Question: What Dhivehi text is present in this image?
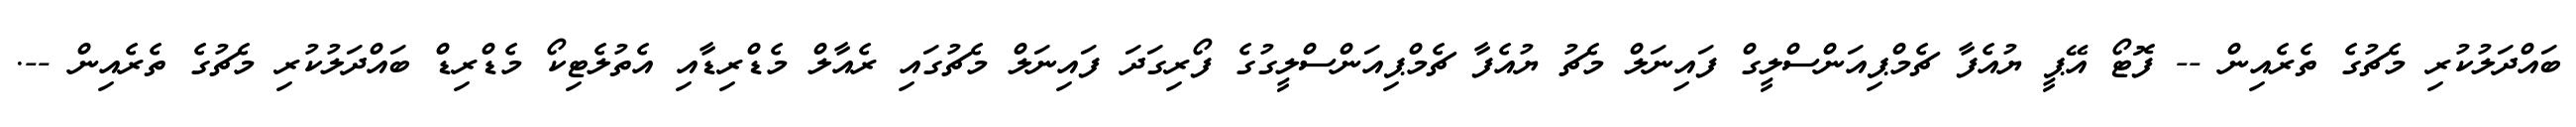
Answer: ބައްދަލުކުރި މެޗުގެ ތެރެއިން -- ފޮޓޯ އޭޕީ ޔުއެފާ ޗެމްޕިއަންސްލީގް ފައިނަލް މެޗު ޔުއެފާ ޗެމްޕިއަންސްލީގުގެ ފޯރިގަދަ ފައިނަލް މެޗުގައި ރެއާލް މެޑްރިޑާއި އެތުލެޓިކޯ މެޑްރިޑް ބައްދަލުކުރި މެޗުގެ ތެރެއިން --.